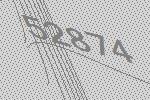
52874